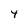
Character: 4